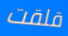
قلقت